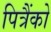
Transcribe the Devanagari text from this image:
पित्रैंको